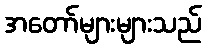
အတော်များများသည်